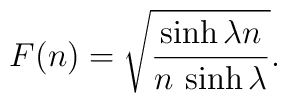
F(n)=\sqrt {\frac {\sinh \lambda n}{n \, \sinh \lambda }}.